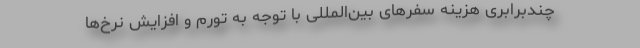
چندبرابری هزینه سفرهای بین‌المللی با توجه به تورم و افزایش نرخ‌ها